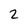
Character: 2